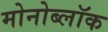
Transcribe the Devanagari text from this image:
मोनोब्लॉक